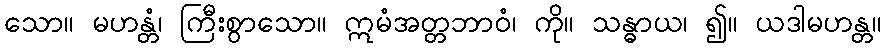
သော။ မဟန္တံ၊ ကြီးစွာသော။ ဣမံအတ္တဘာဝံ၊ ကို။ သန္ဓာယ၊ ၍။ ယဒါမဟန္တ။